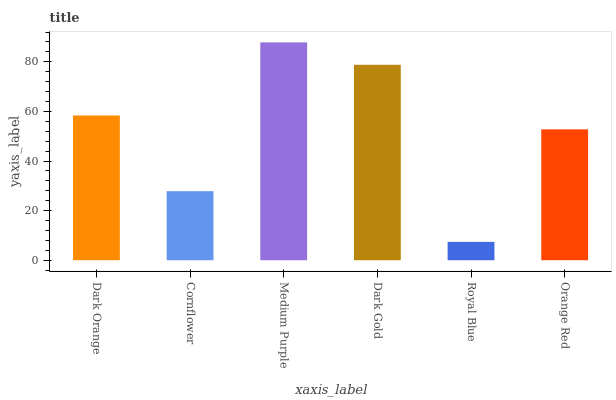
| xaxis_label | bars |
 | --- | --- |
 | Dark Orange | 58.3 |
 | Cornflower | 27.8 |
 | Medium Purple | 87.8 |
 | Dark Gold | 78.8 |
 | Royal Blue | 7.4 |
 | Orange Red | 52.8 |